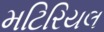
મટિરિયલ